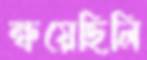
ক্ষয়েছিলি